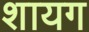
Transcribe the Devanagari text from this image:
शायग